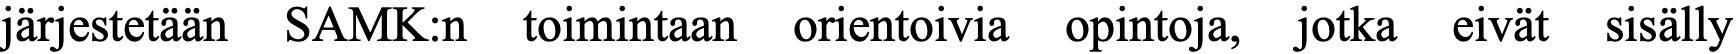
järjestetään SAMK:n toimintaan orientoivia opintoja, jotka eivät sisälly